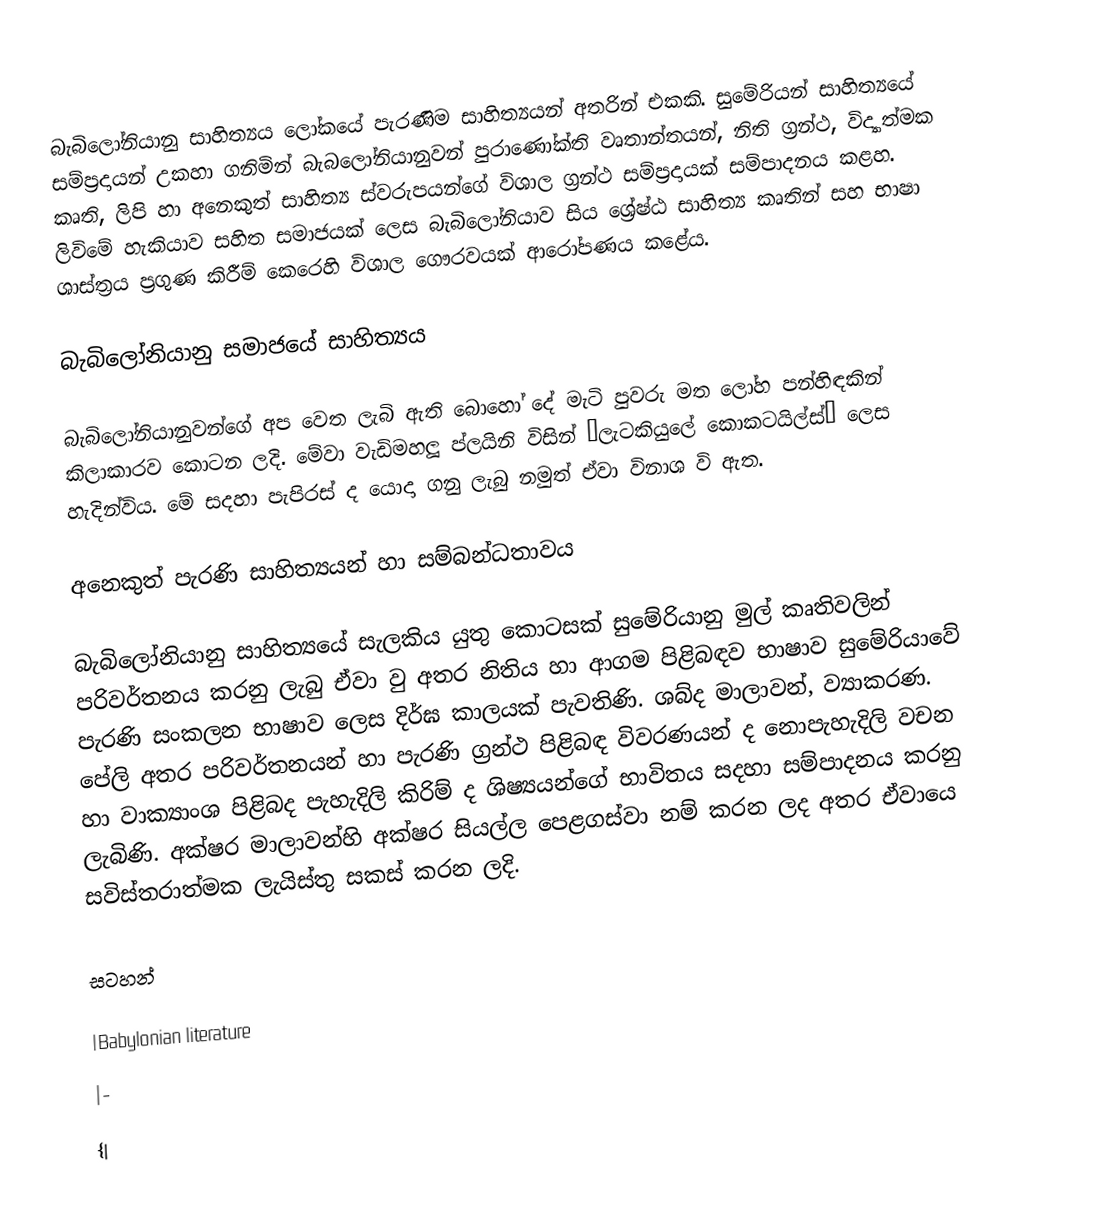
බැබිලෝනියානු සාහිත්‍යය ලෝකයේ පැරණිම සාහිත්‍යයන් අතරින් එකකි. සුමේරියන් සාහිත්‍යයේ සම්ප්‍රදායන් උකහා ගනිමින් බැබලෝනියානුවන් පුරාණෝක්ති වෘතාන්තයන්, නිති ග්‍රන්ථ, විද්‍යාත්මක කෘති, ලිපි හා අනෙකුත් සාහිත්‍ය ස්වරුපයන්ගේ විශාල ග්‍රන්ථ සම්ප්‍රදායක් සම්පාදනය කළහ. ලිවිමේ හැකියාව සහිත සමාජයක් ලෙස බැබිලෝනියාව සිය ශ්‍රේෂ්ඨ සාහිත්‍ය කෘතින් සහ භාෂා ශාස්ත්‍රය ප්‍රගුණ කිරීම් කෙරෙහි විශාල ගෞරවයක් ආරෝපණය කළේය.

බැබිලෝනියානු සමාජයේ සාහිත්‍යය

බැබිලෝනියානුවන්ගේ අප වෙත ලැබි ඇති බොහෝ දේ මැටි පුවරු මත ලෝහ පන්හිඳකින් කිලාකාරව කොටන ලදි. මේවා වැඩිමහලූ ප්ලයිනි විසින් ‘ලැටකියුලේ කොකටයිල්ස්’ ලෙස හැදින්විය. මේ සදහා පැපිරස් ද යොදා ගනු ලැබු නමුත් ඒවා විනාශ වි ඇත.

අනෙකුත් පැරණි සාහිත්‍යයන් හා සම්බන්ධතාවය

බැබිලෝනියානු සාහිත්‍යයේ සැලකිය යුතු කොටසක් සුමේරියානු මුල් කෘතිවලින් පරිවර්තනය කරනු ලැබු ඒවා වු අතර නිතිය හා ආගම පිළිබඳව භාෂාව සුමේරියාවේ පැරණි සංකලන භාෂාව ලෙස දිර්ඝ කාලයක් පැවතිණි. ශබ්ද මාලාවන්, ව්‍යාකරණ. පේලි අතර පරිවර්තනයන් හා පැරණි ග්‍රන්ථ පිළිබඳ විවරණයන් ද නොපැහැදිලි වචන හා වාක්‍යාංශ පිළිබද පැහැදිලි කිරිම් ද ශිෂ්‍යයන්ගේ භාවිතය සදහා සම්පාදනය කරනු ලැබිණි. අක්ෂර මාලාවන්හි අක්ෂර සියල්ල පෙළගස්වා නම් කරන ලද අතර ඒවායෙ සවිස්තරාත්මක ලැයිස්තු සකස් කරන ලදි.

සටහන්

|Babylonian literature
|-
{|